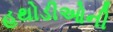
હથોડીઓની